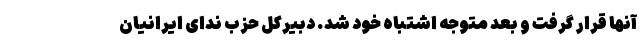
آنها قرار گرفت و بعد متوجه اشتباه خود شد. دبیرکل حزب ندای ایرانیان